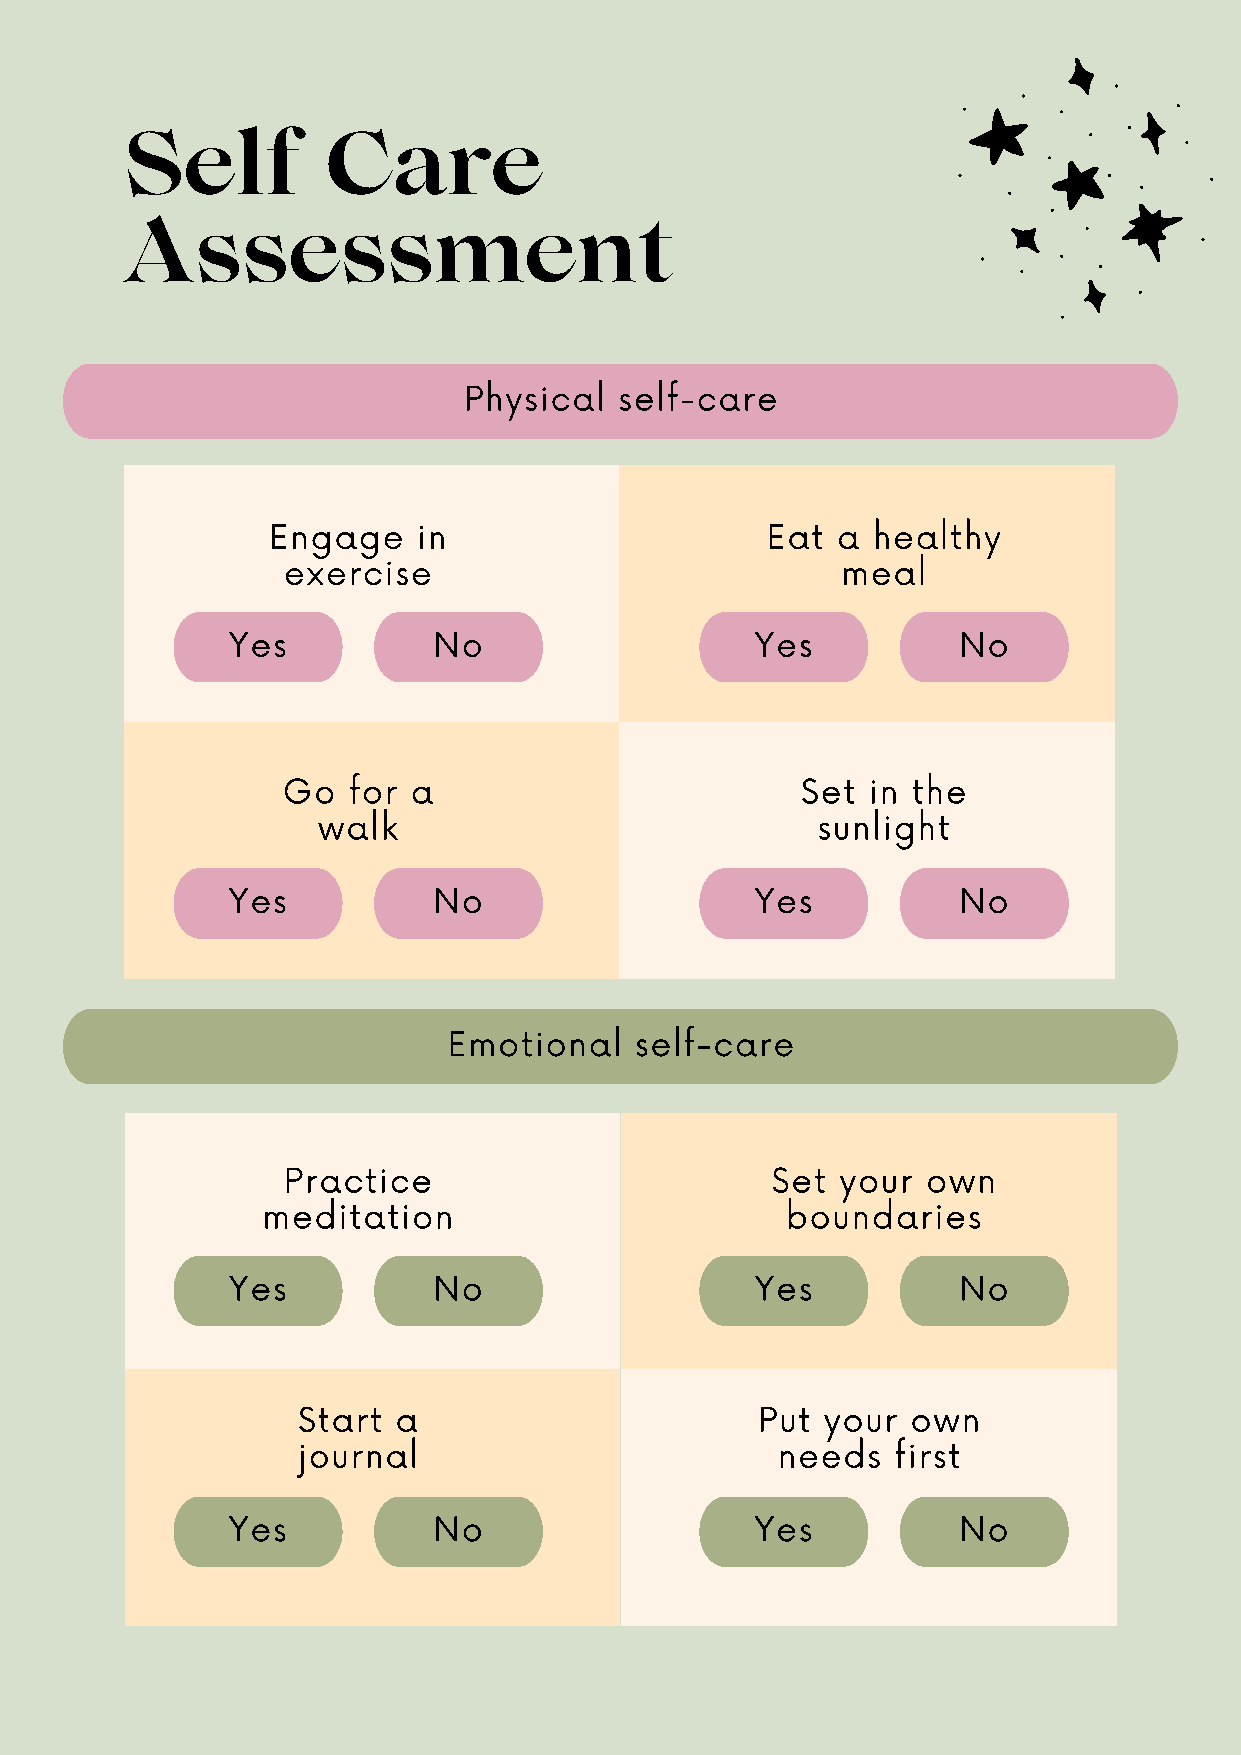
Self          Care
 Assessment
 Physical  self-care
 Engage    in                     Eat a  healthy
 exercise                             meal
 Yes           No                   Yes          No
 Go  for a                         Set in the
 walk                             sunlight
 Yes           No                   Yes          No
 Emotional   self-care
 Practice                        Set  your own
 meditation                         boundaries
 Yes           No                   Yes          No
 Start a                       Put  your own
 journal                        needs   first
 Yes           No                   Yes          No